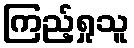
ကြည့်ရှုသူ